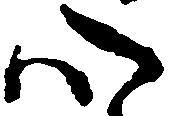
心